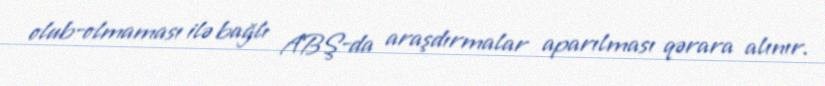
olub-olmaması ilə bağlı ABŞ-da araşdırmalar aparılması qərara alınır.